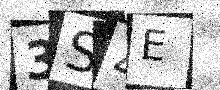
Text: 3S4E